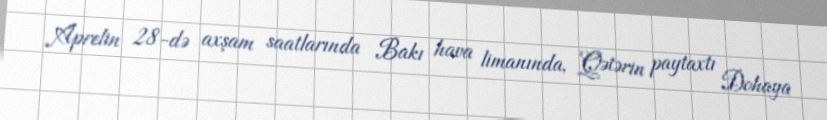
Aprelin 28-də axşam saatlarında Bakı hava limanında, Qətərin paytaxtı Dohaya